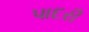
પાદરી